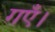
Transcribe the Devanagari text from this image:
गएँ।